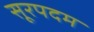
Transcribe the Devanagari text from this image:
सूरपदम